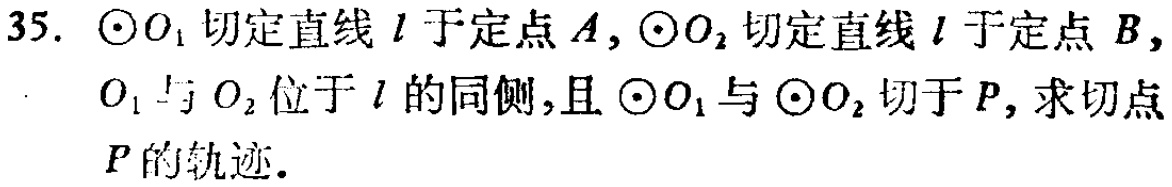
35. $\odot O_{1}$切定直线$l$于定点$A$，$\odot O_{2}$切定直线$l$于定点$B$，$O_{1}$与$O_{2}$位于$l$的同侧，且$\odot O_{1}$与$\odot O_{2}$切于$P$，求切点$P$的轨迹.